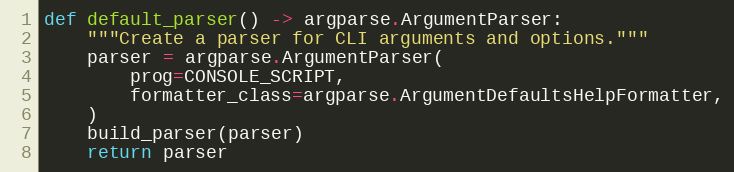
Language: Python
def default_parser() -> argparse.ArgumentParser:
    """Create a parser for CLI arguments and options."""
    parser = argparse.ArgumentParser(
        prog=CONSOLE_SCRIPT,
        formatter_class=argparse.ArgumentDefaultsHelpFormatter,
    )
    build_parser(parser)
    return parser